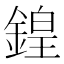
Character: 鍠